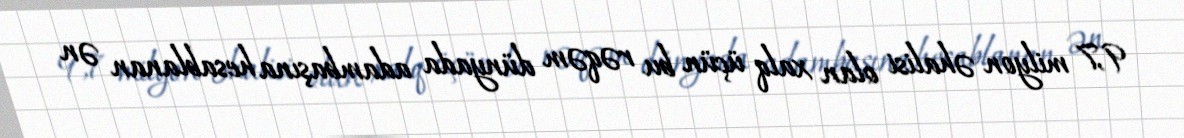
9,7 milyon əhalisi olan xalq üçün bu rəqəm dünyada adambaşına hesablanan ən